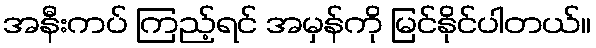
အနီးကပ် ကြည့်ရင် အမှန်ကို မြင်နိုင်ပါတယ်။